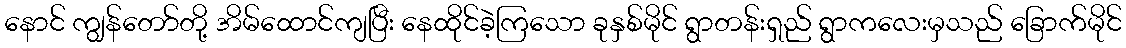
နောင် ကျွန်တော်တို့ အိမ်ထောင်ကျပြီး နေထိုင်ခဲ့ကြသော ခုနှစ်မိုင် ရွာတန်းရှည် ရွာကလေးမှသည် ခြောက်မိုင်